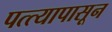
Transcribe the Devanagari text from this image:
पत्त्यापासून